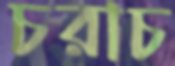
চরাচ